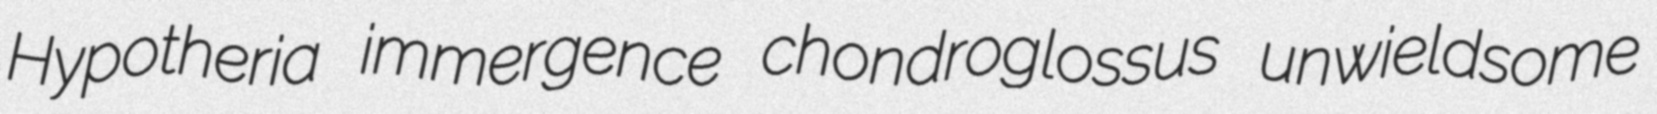
Hypotheria immergence chondroglossus unwieldsome